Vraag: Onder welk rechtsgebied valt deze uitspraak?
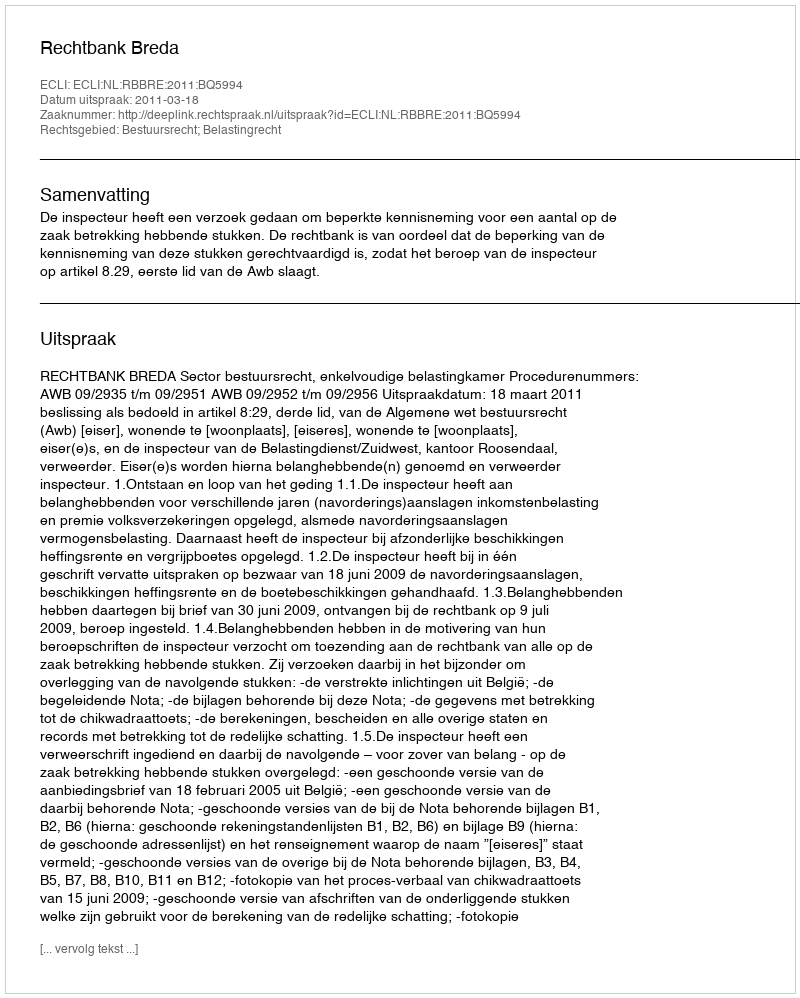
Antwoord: Bestuursrecht; Belastingrecht